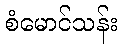
စံမောင်သန်း